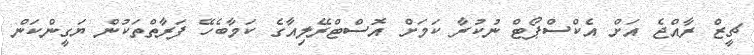
ޗީޒް ރާއްޖެ އަށް އެކްސްޕޯޓް ނުކުރާ ކަމަށް އޮސްޓްރޭލިއާގެ ކަމާބެހޭ ފަރާތްތަކުން ޔަގީންކަން